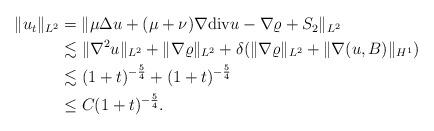
LaTeX: \begin{align*}\begin{aligned}\|u_t\|_{L^2}&=\|\mu\Delta u+(\mu+\nu)\nabla{\rm div}u-\nabla \varrho+S_2\|_{L^2}\\&\lesssim \|\nabla^2 u\|_{L^2}+\|\nabla \varrho\|_{L^2}+\delta (\|\nabla \varrho\|_{L^2} +\|\nabla (u, B)\|_{H^1})\\&\lesssim (1+t)^{-\frac{5}{4}}+(1+t)^{-\frac{5}{4}}\\&\le C(1+t)^{-\frac{5}{4}}.\end{aligned}\end{align*}